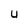
Character: U